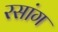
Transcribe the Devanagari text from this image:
रसांग